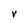
Character: V